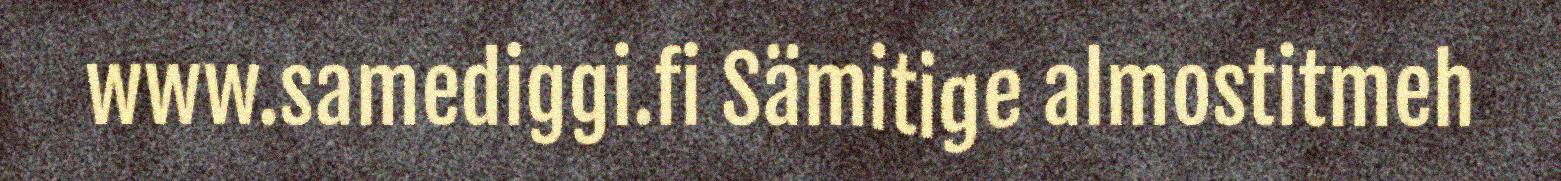
www.samediggi.fi Sämitige almostitmeh